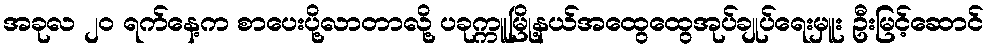
အခုလ ၂၀ ရက်နေ့က စာပေးပို့လာတာလို့ ပခုက္ကူမြို့နယ်အထွေထွေအုပ်ချုပ်ရေးမှူး ဦးမြင့်ဆောင်